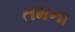
તમના